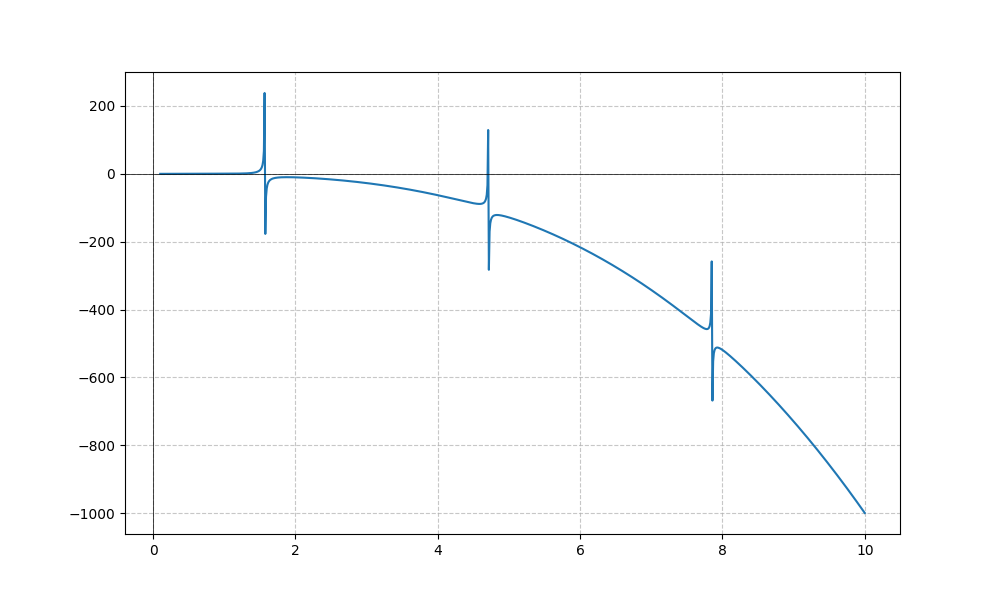
LaTeX formula: - x^{3} + \tan{\left(x \right)}